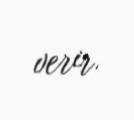
verir.